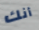
أنك